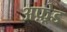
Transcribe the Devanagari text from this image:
अफ़्रेड